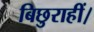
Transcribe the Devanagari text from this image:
बिछुराहीं।